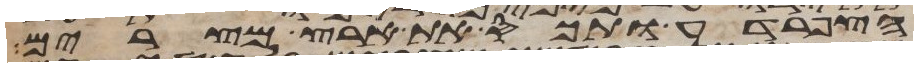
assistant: הצפרדע ותכס את ארץ מצרים